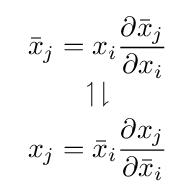
{\begin{array}{c}\displaystyle {\bar {x}}_{j}=x_{i}{\frac {\partial {\bar {x}}_{j}}{\partial x_{i}}}\\[3pt]\upharpoonleft \downharpoonright \\[3pt]\displaystyle x_{j}={\bar {x}}_{i}{\frac {\partial x_{j}}{\partial {\bar {x}}_{i}}}\end{array}}